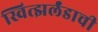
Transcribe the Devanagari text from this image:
स्वित्झर्लंडाची